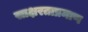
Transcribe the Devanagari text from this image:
साक्षरताप्रमाण